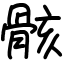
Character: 骸